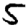
Digit: 5